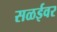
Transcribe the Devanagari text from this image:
सळईवर